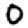
Digit: 0